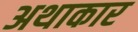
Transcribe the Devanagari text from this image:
अथाकार